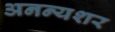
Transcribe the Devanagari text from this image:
अनन्यशर